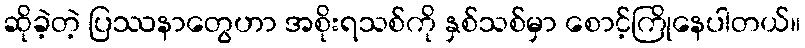
ဆိုခဲ့တဲ့ ပြဿနာတွေဟာ အစိုးရသစ်ကို နှစ်သစ်မှာ စောင့်ကြိုနေပါတယ်။